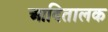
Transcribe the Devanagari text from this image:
आदितालक